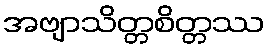
အဗျာသိတ္တစိတ္တဿ